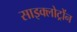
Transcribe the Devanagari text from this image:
साइक्लोट्रोंन